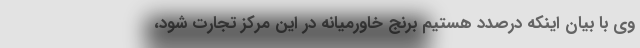
وی با بیان اینکه درصدد هستیم برنج خاورمیانه در این مرکز تجارت شود،